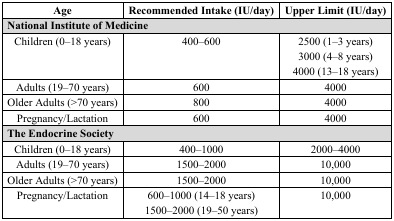
<table><thead><tr><td><b>Age</b></td><td><b>Recommended Intake (IU/day)</b></td><td><b>Upper Limit (IU/day)</b></td></tr></thead><tbody><tr><td colspan="3"><b>National Institute of Medicine</b></td></tr><tr><td>Children (0–18 years)</td><td>400–600</td><td>2500 (1–3 years) 3000 (4–8 years) 4000 (13–18 years)</td></tr><tr><td>Adults (19–70 years)</td><td>600</td><td>4000</td></tr><tr><td>Older Adults (&gt;70 years)</td><td>800</td><td>4000</td></tr><tr><td>Pregnancy/Lactation</td><td>600</td><td>4000</td></tr><tr><td colspan="3"><b>The Endocrine Society</b></td></tr><tr><td>Children (0–18 years)</td><td>400–1000</td><td>2000–4000</td></tr><tr><td>Adults (19–70 years)</td><td>1500–2000</td><td>10,000</td></tr><tr><td>Older Adults (&gt;70 years)</td><td>1500–2000</td><td>10,000</td></tr><tr><td>Pregnancy/Lactation</td><td>600–1000 (14–18 years) 1500–2000 (19–50 years)</td><td>10,000</td></tr></tbody></table>